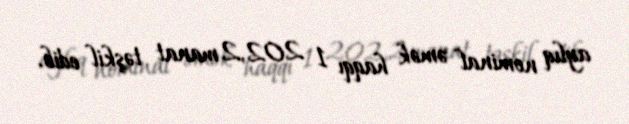
aylıq nominal əmək haqqı 1 202,2 manat təşkil edib.